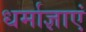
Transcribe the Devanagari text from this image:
धर्माज्ञाएं